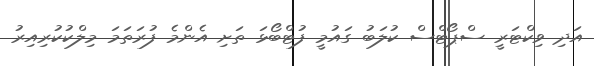
އަދި ވިކްޓަރީ ސްޕޯޓްސް ކުލަބު ގައުމީ ފުޓްބޯޅަ ތަށި އެންމެ ފުރަތަމަ މިލްކުކުރިއިރު